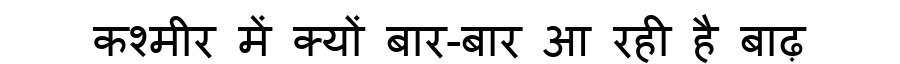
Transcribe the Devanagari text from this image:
कश्मीर में क्यों बार-बार आ रही है बाढ़